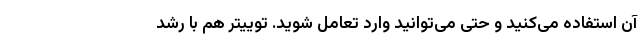
آن استفاده می‌کنید و حتی می‌توانید وارد تعامل شوید. توییتر هم با رشد